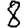
Digit: 8